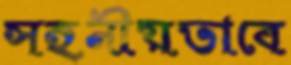
সহনীয়ভাবে